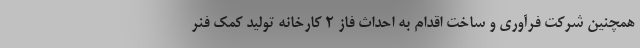
همچنین شرکت فرآوری و ساخت اقدام به احداث فاز 2 کارخانه تولید کمک فنر